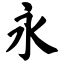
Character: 永